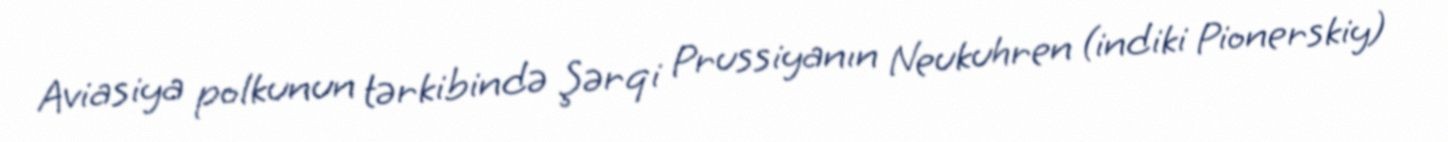
Aviasiya polkunun tərkibində Şərqi Prussiyanın Neukuhren (indiki Pionerskiy)